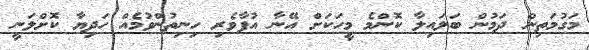
މަގުމަތިން ދަމުން ބަލައިލާ ކޮންމެ މީހަކަށް އޭނާ އުފާވެރި ހިނިތުންވުމެއް ހަދިޔާ ކޮށްލަނީ